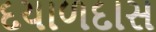
દયાળદાસ